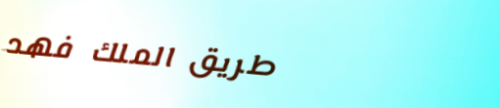
طريق الملك فهد